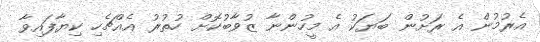
އެރުމުން އެ ރަށުން ބަޔަކު އެ މީހުންނާ ޒުވާބުކޮށް ހުތުރު އެއްޗެހި ކިޔާފައިވާ